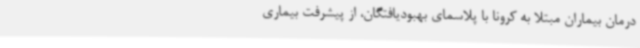
درمان بیماران مبتلا به کرونا با پلاسمای بهبودیافتگان، از پیشرفت بیماری